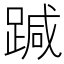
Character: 𨃂